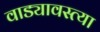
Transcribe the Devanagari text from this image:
वाड्यावस्त्या